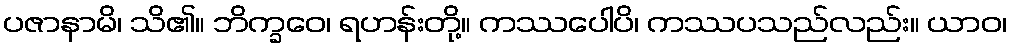
ပဇာနာမိ၊ သိ၏။ ဘိက္ခဝေ၊ ရဟန်းတို့။ ကဿပေါပိ၊ ကဿပသည်လည်း။ ယာဝ၊